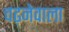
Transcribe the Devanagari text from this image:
चढ़नेवाला